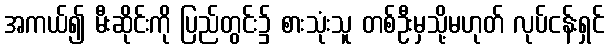
အကယ်၍ မီးဆိုင်းကို ပြည်တွင်း၌ စားသုံးသူ တစ်ဦးမှသို့မဟုတ် လုပ်ငန်းရှင်